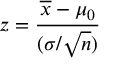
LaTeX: z = { \frac { { \overline { { x } } } - \mu _ { 0 } } { ( { \sigma } / { \sqrt { n } } ) } }